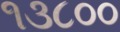
૧૩૮૦૦